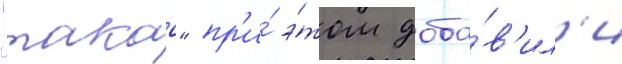
"такао" пр'и́ э́том доба́в'ил'и